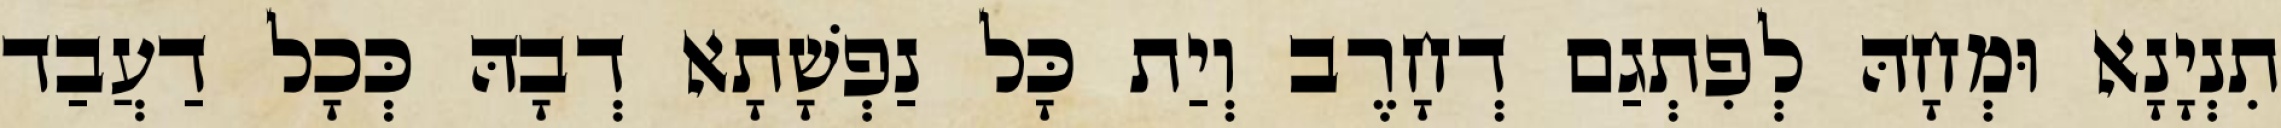
תִנְיָנָא וּמְחָהּ לְפִתְגַם דְחָרֶב וְיַת כָּל נַפְשָׁתָא דְבָהּ כְּכָל דַעֲבַד